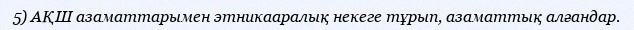
5) АҚШ азаматтарымен этникааралық некеге тұрып, азаматтық алғандар.